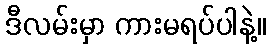
ဒီလမ်းမှာ ကားမရပ်ပါနဲ့။